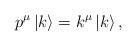
LaTeX: \begin{align*}p^\mu \left| k\right> = k^\mu\left| k\right> ,\end{align*}